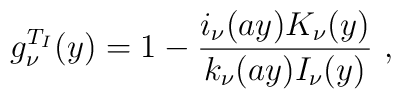
g_\nu^{T_I} (y) = 1- {i_\nu(ay)K_\nu(y) \over k_\nu(ay)	I_\nu(y)}~,